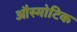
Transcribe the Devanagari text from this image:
औस्मोटिक